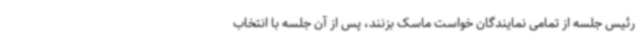
رئیس جلسه از تمامی نمایندگان خواست ماسک بزنند، پس از آن جلسه با انتخاب